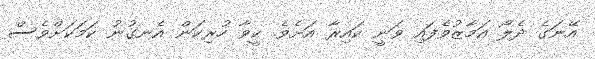
އޭނަގެ ދެލޯ އަމާޒުވެފައި ވަނީ ކައިރާ އަށެވެ. ކީވާ ހުރިކަން އެނގުނު ކަމަކަށްވެސް